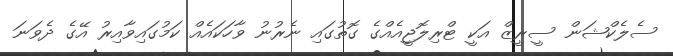
ސެލެކްޝަން ސީރީޒް އަކީ ޓްރިލޮޖީއެއްގެ ގޮތުގައި ނެރުނު ވާހަކައެއް ކަމުގައިވާއިރު އޭގެ ދެވަނަ